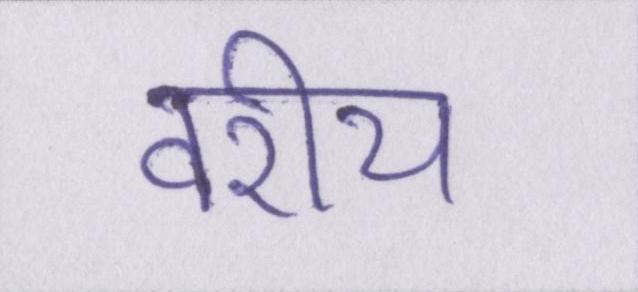
वरीय